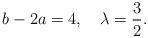
LaTeX: \begin{align*}b-2a =4, \quad \lambda =\frac{3}{2}.\end{align*}